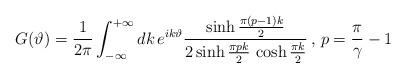
LaTeX: \begin{align*}G(\vartheta )=\frac{1}{2\pi }\int ^{+\infty }_{-\infty }dk\, e^{ik\vartheta }\frac{\sinh \frac{\pi (p-1)k}{2}}{2\sinh \frac{\pi pk}{2}\, \cosh \frac{\pi k}{2}}\, ,\, p=\frac{\pi }{\gamma }-1\end{align*}